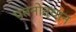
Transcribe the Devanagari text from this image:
पतनोत्थान